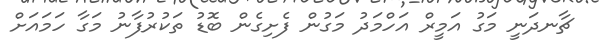
ޗާނދަނީ މަގު އަމީރް އަހްމަދު މަގުން ފެށިގެން ބޮޑު ތަކުރުފާނު މަަގާ ހަމައަށް